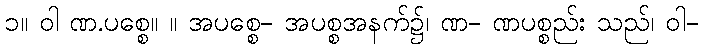
၁။ ဝါ ဏ.ပစ္စေ။ ။ အပစ္စေ- အပစ္စအနက်၌၊ ဏ- ဏပစ္စည်း သည်၊ ဝါ-